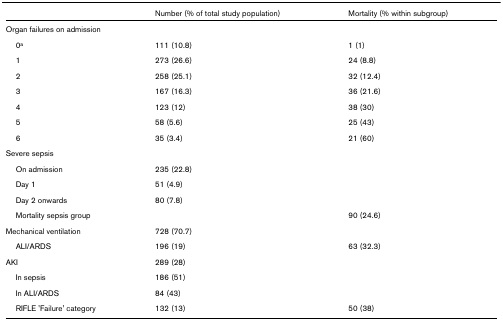
|  | Number (% of total study population) | Mortality (% within subgroup) |
 | --- | --- | --- |
 | Organ failures on admission |  |  |
 | 0a | 111 (10.8) | 1 (1) |
 | 1 | 273 (26.6) | 24 (8.8) |
 | 2 | 258 (25.1) | 32 (12.4) |
 | 3 | 167 (16.3) | 36 (21.6) |
 | 4 | 123 (12) | 38 (30) |
 | 5 | 58 (5.6) | 25 (43) |
 | 6 | 35 (3.4) | 21 (60) |
 | Severe sepsis |  |  |
 | On admission | 235 (22.8) |  |
 | Day 1 | 51 (4.9) |  |
 | Day 2 onwards | 80 (7.8) |  |
 | Mortality sepsis group |  | 90 (24.6) |
 | Mechanical ventilation | 728 (70.7) |  |
 | ALI/ARDS | 196 (19) | 63 (32.3) |
 | AKI | 289 (28) |  |
 | In sepsis | 186 (51) |  |
 | In ALI/ARDS | 84 (43) |  |
 | RIFLE 'Failure' category | 132 (13) | 50 (38) |